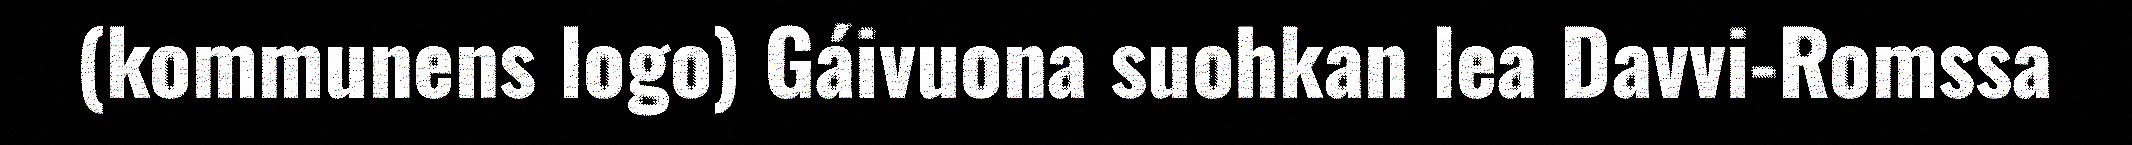
(kommunens logo) Gáivuona suohkan lea Davvi-Romssa